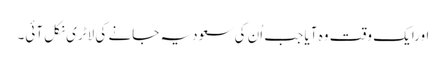
اورایک وقت وہ آیا جب اُن کی سعودیہ جانے کی لاٹری نکل آئی۔